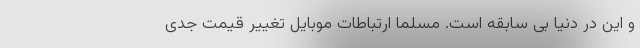
و این در دنیا بی سابقه است. مسلماً ارتباطات موبایل تغییر قیمت جدی